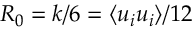
R _ { 0 } = k / 6 = \langle u _ { i } u _ { i } \rangle / 1 2